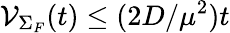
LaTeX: {\cal V}_{\Sigma_{F}}(t)\le(2D/\mu^{2})t